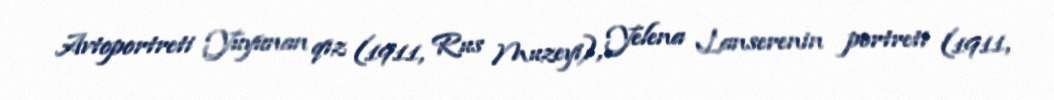
Avtoportreti Yuyunan qız (1911, Rus Muzeyi), Yelena Lanserenin portreti (1911,